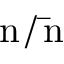
\mathrm { n } \, / \, \mathrm { \bar { n } }